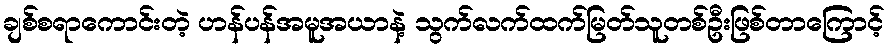
ချစ်စရာကောင်းတဲ့ ဟန်ပန်အမူအယာနဲ့ သွက်လက်ထက်မြတ်သူတစ်ဦးဖြစ်တာကြောင့်